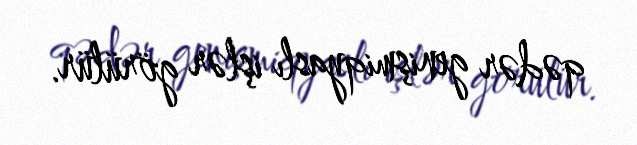
qədər genişmiqyaslı işlər görülür.